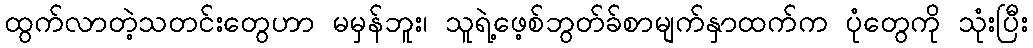
ထွက်လာတဲ့သတင်းတွေဟာ မမှန်ဘူး၊ သူရဲ့ဖေ့စ်ဘွတ်ခ်စာမျက်နှာထက်က ပုံတွေကို သုံးပြီး